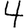
Digit: 4